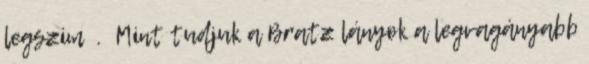
legszim . Mint tudjuk a Bratz lányok a legvagányabb